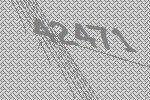
42471